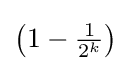
\textstyle \left(1-{\frac {1}{2^{k}}}\right)